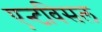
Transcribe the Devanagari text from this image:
एन्टविसल